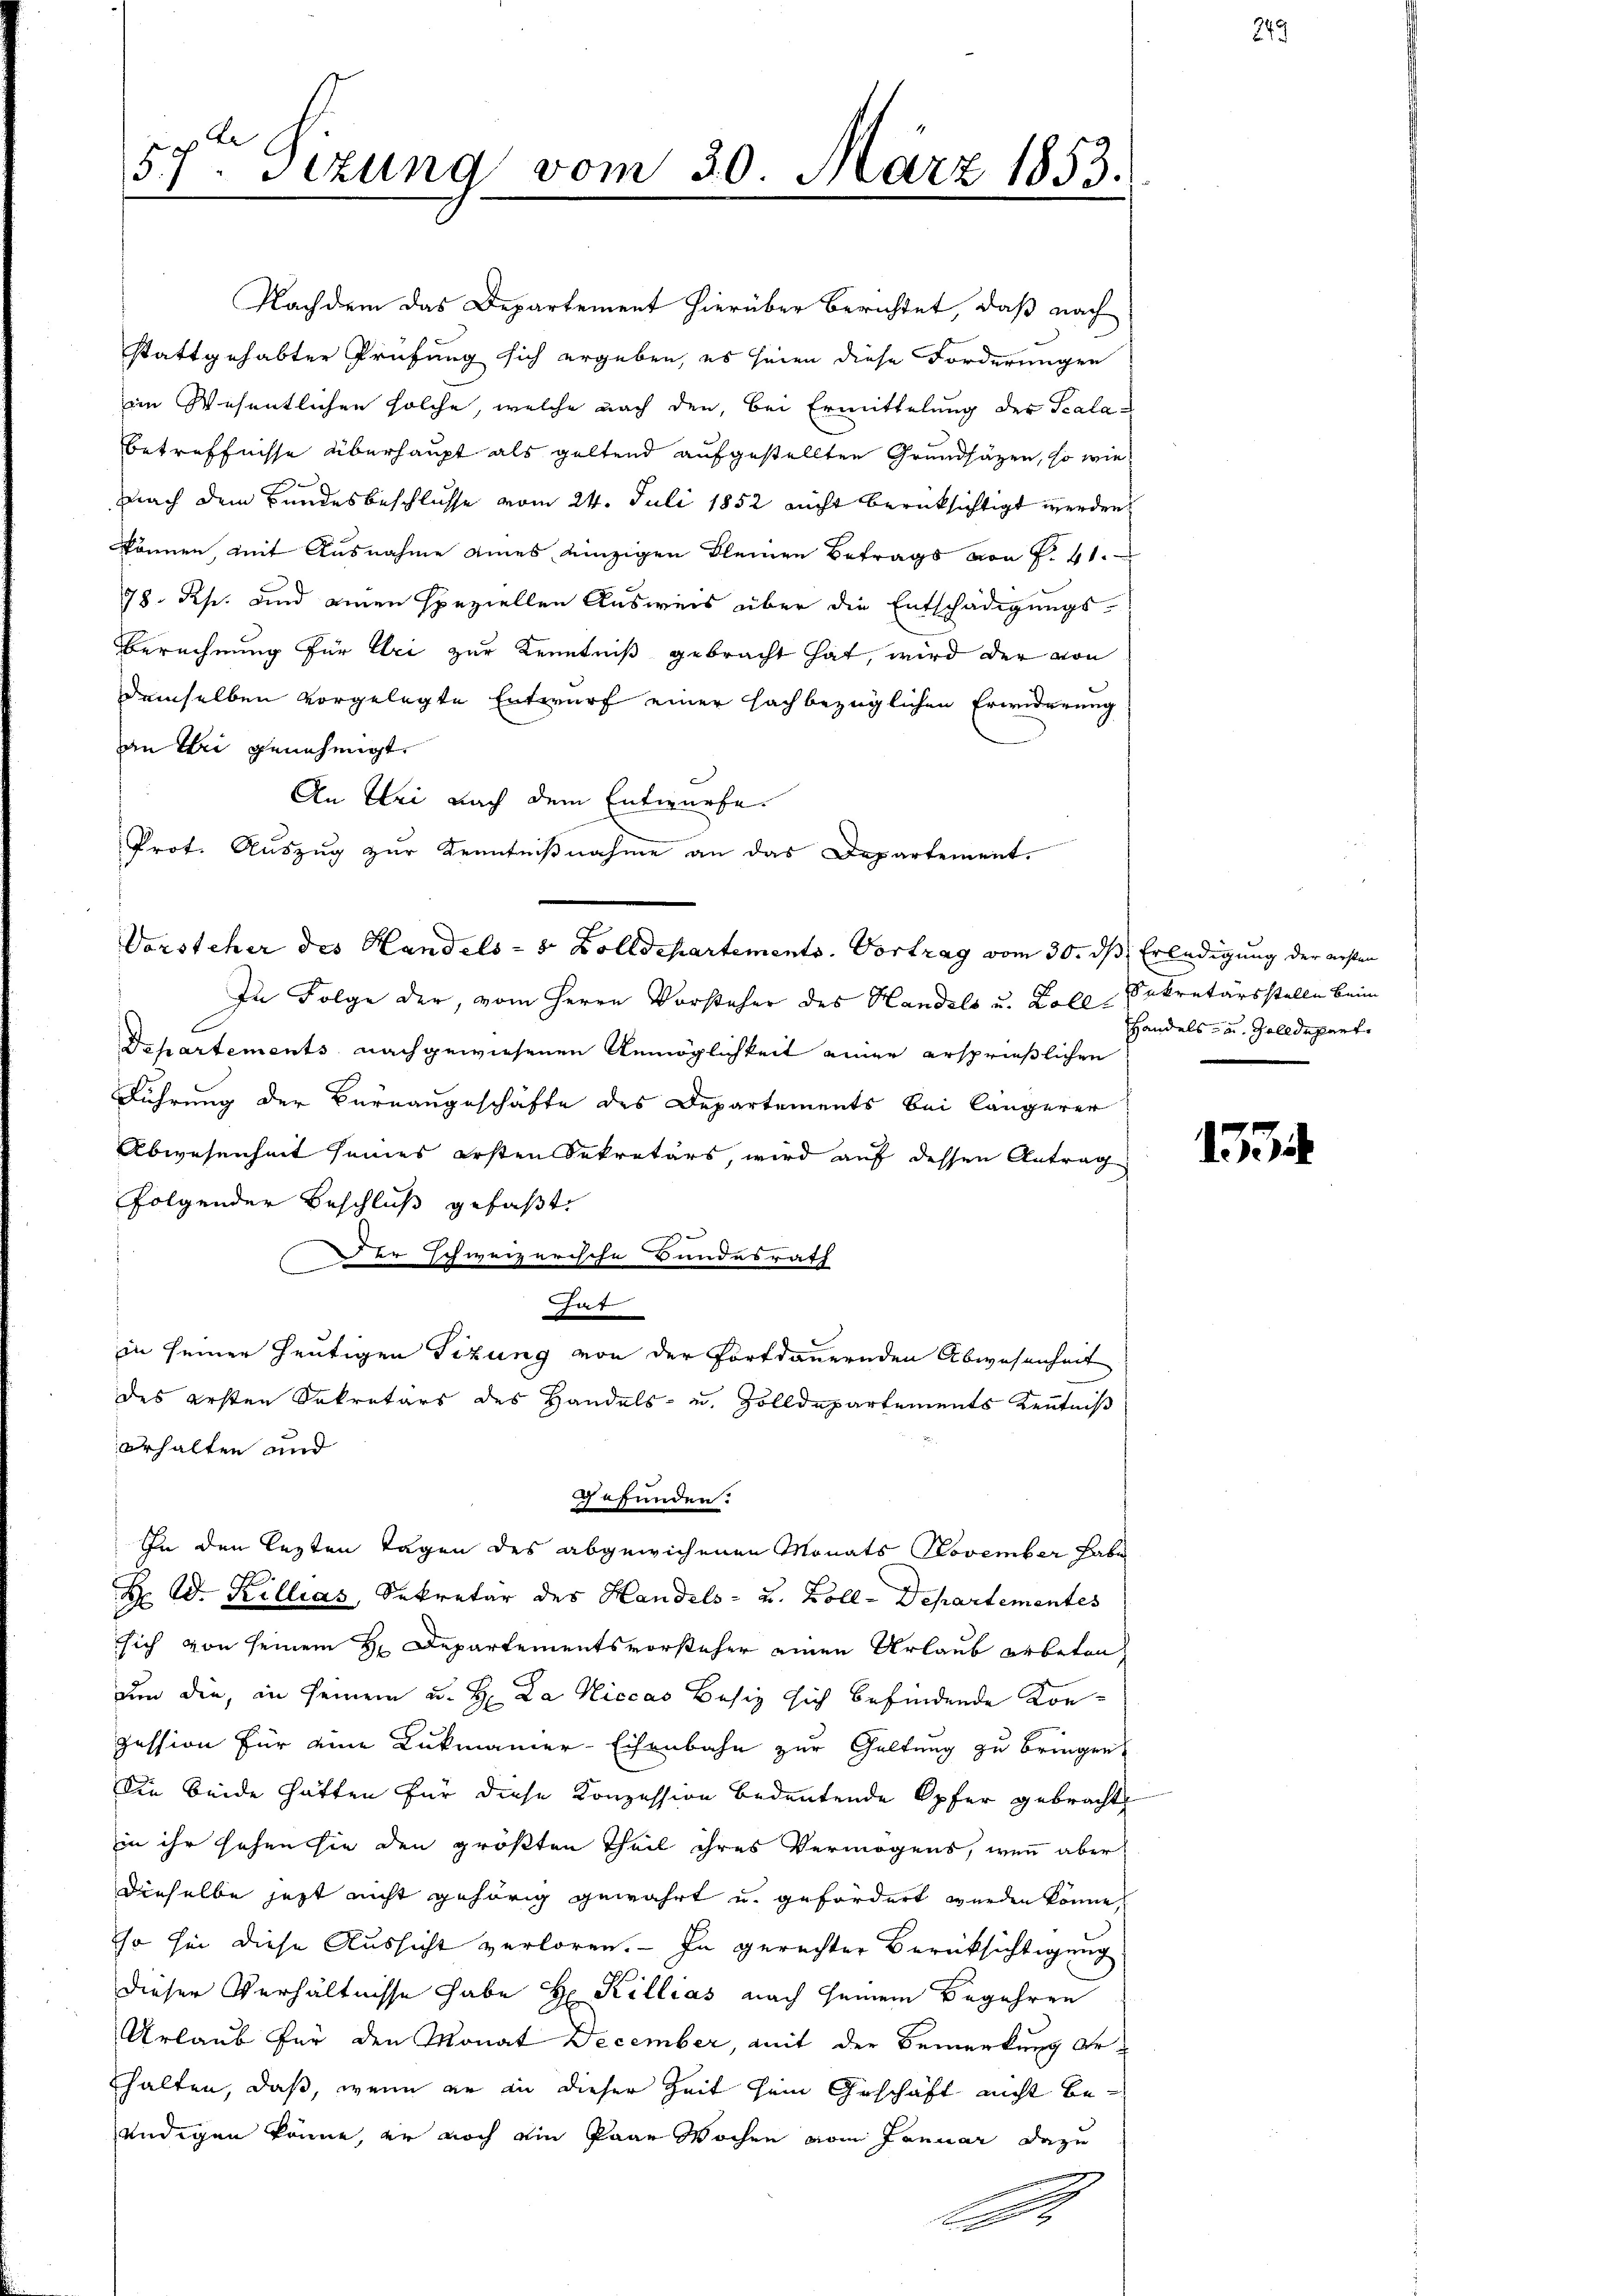
57ten Sizung vom 30. März 1853.

Nachdem das Departement hierüber berichtet, daß nach
stattgehabter Prüfung sich ergeben, es seien diese Forderungen
im Wesentlichen solche, welche nach den, bei Ermittelung der Scalabetreffnisse überhaupt als geltend aufgestellten Grundsätzen, so wie
nach dem Bundesbeschlusse vom 24. Juli 1852 nicht berücksichtigt werden,
können, mit Ausnahme eines einzigen kleinen Betrags von P. 41.
78. Rh. und einen speziellen Ausweis über die Entschädigungs-
Berechnung für Uri zur Kenntniß gebracht hat, wird der von
demselben vorgelegte Entwurf einer fachbezüglichen Erwiderung
an thri genehmigt.
An bei nach dem Entwurfe.
Prot. Auszug zur Kenntnißnahme an das Departement.
In Folge der, vom Herrn Vorsteher des Handels u. Zoll-Sekretärsstelle beim
Departements nachgewiesenen Anmöglichkeit einer ersprießlichen
Führung der Bureaugeschäfte des Departements bei längerer
Abwesenheit seines ersten Sekretärs, wird auf dessen Antrag
folgender Beschluß gefaßt
Der schweizerische Bundesrath
hat
in seiner heutigen Tizung von der Fortdauernden Abwesenheit
des ersten Sekretärs des Handels- u. Zolldepartements Kenntniß
erhalten und
gefunden.
In den lezten Tagen des abgewichenen Monats November habe
D. W. Killias, Sekretär des Handels- u. Zoll-Departementes
sich von seinem H. Departementsvorsteher einen Urlaub erbeten
um die, in seinem u. H. Da Niccas Besiz sich befindende Konpession für eine Lukmanier-Eisenbahn zur Geltung zu bringen.
Die beide hätten für diese Konzession bedeutende Opfer gebracht
in ihr sehen sie den größten Theil ihres Vermögens, wenn aber
dieselbe jetzt nicht gehörig gewährt u. gefördert werden könne,
so sei diese Aussicht verloren. — In gerechter Berücksichtigung
dieser Verhältnisse habe H Killias nach seinem Begehren
Urlaub für den Monat December, mit der Bemerkung erhalten, daß, wenn er an dieser Zeit sein Geschäft nicht beendigen könne, er noch ain Paar Wochen vom Januar dazu

Vorsteher des Handels- & Zolldepartements. Vortrag vom 30. ds Erledigung der ersten

Handels- u. Zolldepart

1534